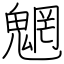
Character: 魍